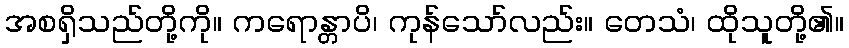
အစရှိသည်တို့ကို။ ကရောန္တာပိ၊ ကုန်သော်လည်း။ တေသံ၊ ထိုသူတို့၏။